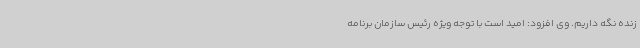
زنده نگه داریم. وی افزود: امید است با توجه ویژه رئیس سازمان برنامه